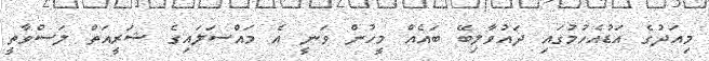
މިއަދުގެ އަޑުއެހުމުގައި ދައުވާލިބޭ ބައެއް މީހުން ވަނީ އެ މައްސަލައިގެ ޝަރީއަތް ލަސްވާތީ